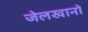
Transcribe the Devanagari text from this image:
जेलखानों